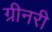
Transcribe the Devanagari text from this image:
ग्रीनरी